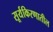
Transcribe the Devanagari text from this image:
सूर्यकिरणातील